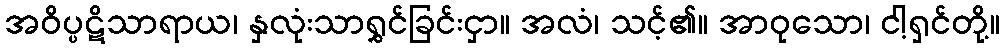
အဝိပ္ပဋိသာရာယ၊ နှလုံးသာရွှင်ခြင်းငှာ။ အလံ၊ သင့်၏။ အာဝုသော၊ ငါ့ရှင်တို့။